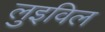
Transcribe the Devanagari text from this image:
लुइविल